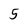
Character: 5